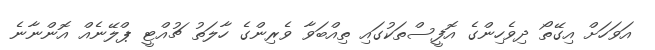
އަވަހަށް އިގޭތޯ ދިވެހިންގެ އޮފީސްތަކުގައި ތިއްބަވާ ވެރިންގެ ހާލަތު ޗުއްޓީ ޕްލޭނެއް އޮންނާނެ